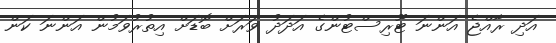
އަދި ރާއްޖެ އަންނަ ޓޫރިސްޓުންގެ އަދަދު ވަރަށް ބޮޑަށް އިތުރުވަމުން އަންނަ ކަން